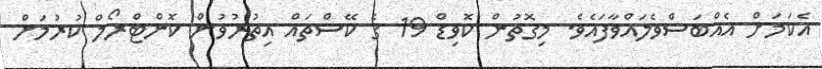
އެކަމަށް އެއްބަސްވެލައްވާފައެވެ. މިގޮތުން ކޮވިޑް 19 ގެ ކޭސްތައް އިތުރުވުން ކޮންޓްރޯލް ކުރުމަށް